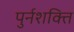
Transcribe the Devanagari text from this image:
पुर्नशक्ति